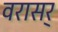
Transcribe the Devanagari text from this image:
वरासर्